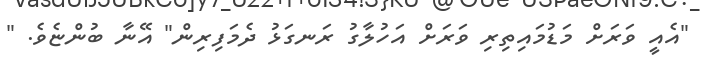
"އެއީ ވަރަށް މަޑުމައިތިރި ވަރަށް އަހުލާގު ރަނގަޅު ދެމަފިރިން" އޭނާ ބުންޏެވެ. "